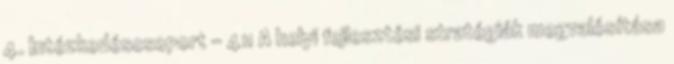
4. Intézkedéscsoport - 411 A helyi fejlesztési stratégiák megvalósítása